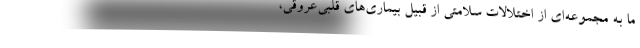
ما به مجموعه‌ای از اختلالات سلامتی از قبیل بیماری‌های قلبی‌عروقی،